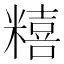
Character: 糦